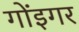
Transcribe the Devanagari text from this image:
गोंइगर